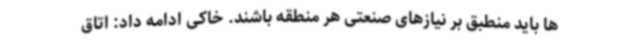
ها باید منطبق بر نیازهای صنعتی هر منطقه باشند. خاکی ادامه داد: اتاق